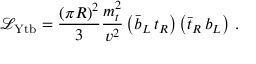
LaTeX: { \mathcal { L } } _ { \mathrm { Y t b } } = \frac { ( \pi R ) ^ { 2 } } { 3 } \frac { m _ { t } ^ { 2 } } { v ^ { 2 } } \left( \bar { b } _ { L } \, t _ { R } \right) \left( \bar { t } _ { R } \, b _ { L } \right) \, .